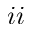
i i